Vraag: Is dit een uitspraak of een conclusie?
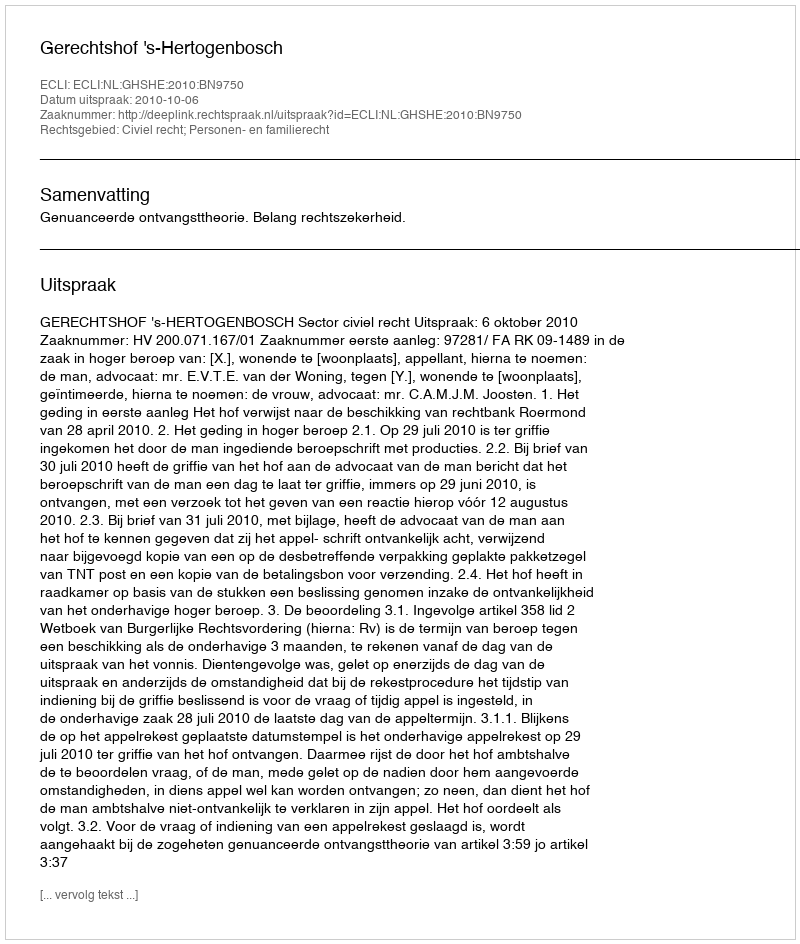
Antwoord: Uitspraak